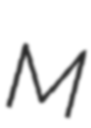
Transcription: M